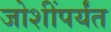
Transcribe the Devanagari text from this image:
जोशींपर्यंत